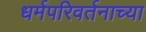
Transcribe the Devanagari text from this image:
धर्मपरिवर्तनाच्या